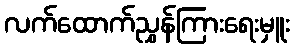
လက်ထောက်ညွှန်ကြားရေးမှူး